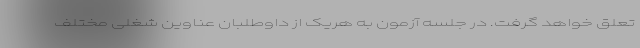
تعلق خواهد گرفت. در جلسه آزمون به هریک از داوطلبان عناوین شغلی مختلف